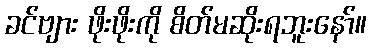
ခင်ဗျား ဖိုးဖိုးကို စိတ်မဆိုးရဘူးနော်။